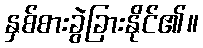
နှစ်စားခွဲခြားနိုင်၏။